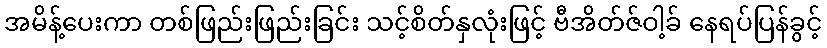
အမိန့်ပေးကာ တစ်ဖြည်းဖြည်းခြင်း သင့်စိတ်နှလုံးဖြင့် ဗီအိတ်ဇ်ဝါ့ခ် နေရပ်ပြန်ခွင့်